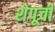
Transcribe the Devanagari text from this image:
शेपूची